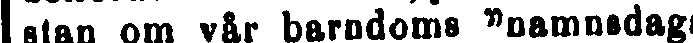
stan om vår barndoms "namnsdag